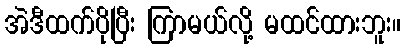
အဲဒီထက်ပိုပြီး ကြာမယ်လို့ မထင်ထားဘူး။